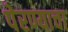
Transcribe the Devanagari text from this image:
पेरण्याचा